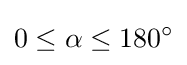
0\leq \alpha \leq 180^{\circ }